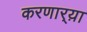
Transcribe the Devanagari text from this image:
करणार्‍य़ा